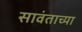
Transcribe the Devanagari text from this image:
सावंताच्या